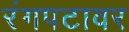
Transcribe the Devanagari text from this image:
रंगपटावर